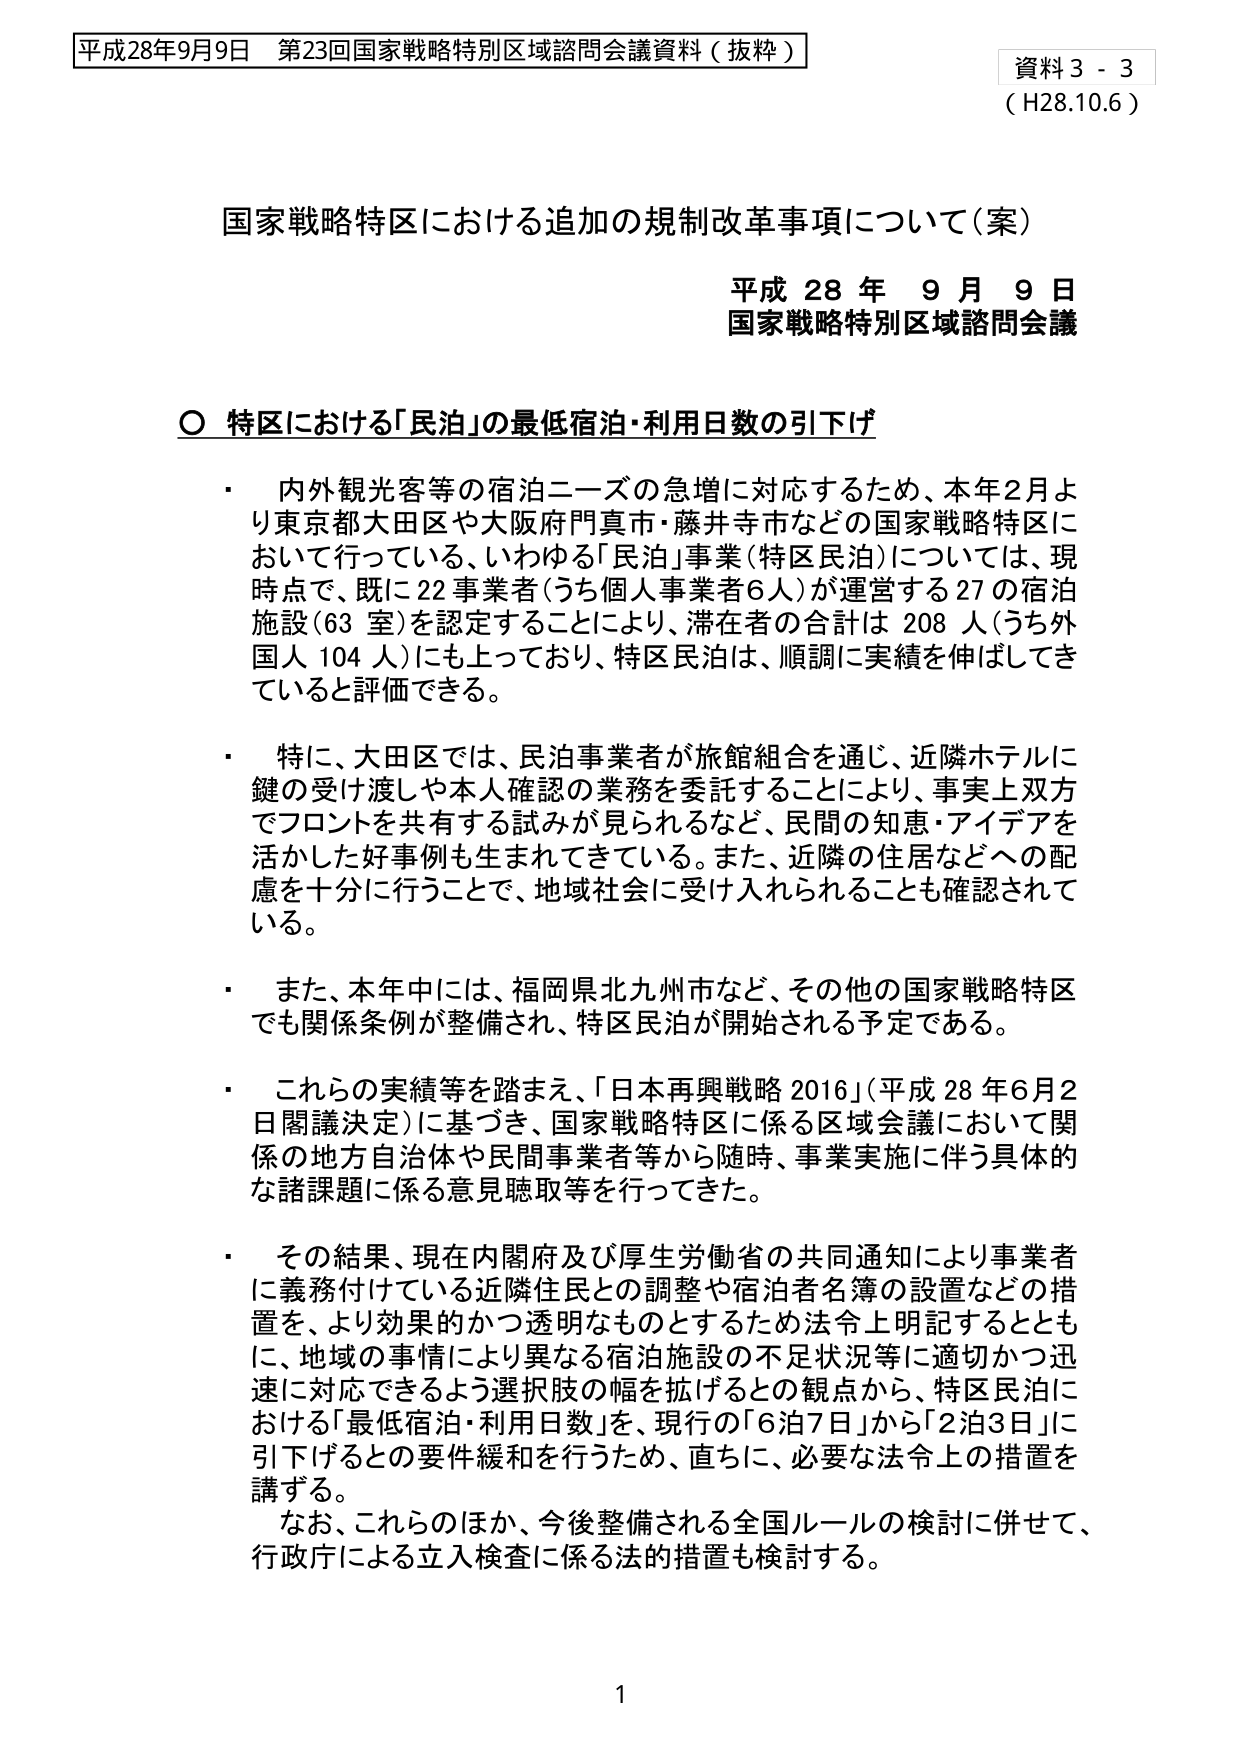
平成28年9月9日 第23回国家戦略特別区域諮問会議資料（抜粋）

資料3 - 3
（H28.10.6）

国家戦略特区における追加の規制改革事項について（案）

平成28年9月9日
国家戦略特別区域諮問会議

〇 特区における「民泊」の最低宿泊・利用日数の引下げ

・ 内外観光客等の宿泊ニーズの急増に対応するため、本年2月より東京都大田区や大阪府門真市・藤井寺市などの国家戦略特区において行っている、いわゆる「民泊」事業（特区民泊）については、現時点で、既に22事業者（うち個人事業者6人）が運営する27の宿泊施設（63室）を認定することにより、滞在者の合計は208人（うち外国人104人）にも上っており、特区民泊は、順調に実績を伸ばしてきていると評価できる。

・ 特に、大田区では、民泊事業者が旅館組合を通じ、近隣ホテルに鍵の受け渡しや本人確認の業務を委託することにより、事実上双方でフロントを共有する試みが見られるなど、民間の知恵・アイデアを活かした好事例も生まれてきている。また、近隣の住居などへの配慮を十分に行うことで、地域社会に受け入れられることも確認されている。

・ また、本年中には、福岡県北九州市など、その他の国家戦略特区でも関係条例が整備され、特区民泊が開始される予定である。

・ これらの実績等を踏まえ、「日本再興戦略2016」（平成28年6月2日閣議決定）に基づき、国家戦略特区に係る区域会議において関係の地方自治体や民間事業者等から随時、事業実施に伴う具体的な諸課題に係る意見聴取等を行ってきた。

・ その結果、現在内閣府及び厚生労働省の共同通知により事業者に義務付けている近隣住民との調整や宿泊者名簿の設置などの措置を、より効果的かつ透明なものとするため法令上明記するとともに、地域の事情により異なる宿泊施設の不足状況等に適切かつ迅速に対応できるよう選択肢の幅を拡げるとの観点から、特区民泊における「最低宿泊・利用日数」を、現行の「6泊7日」から「2泊3日」に引下げるとの要件緩和を行うため、直ちに、必要な法令上の措置を講ずる。

　なお、これらのほか、今後整備される全国ルールの検討に併せて、行政庁による立入検査に係る法的措置も検討する。

1